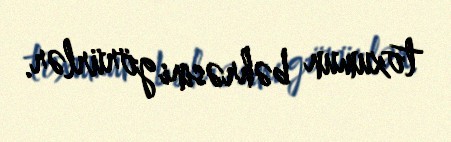
toxumun bəhrəsini görürlər.